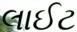
લાઈટ